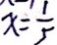
x = \frac { 1 } { 5 }